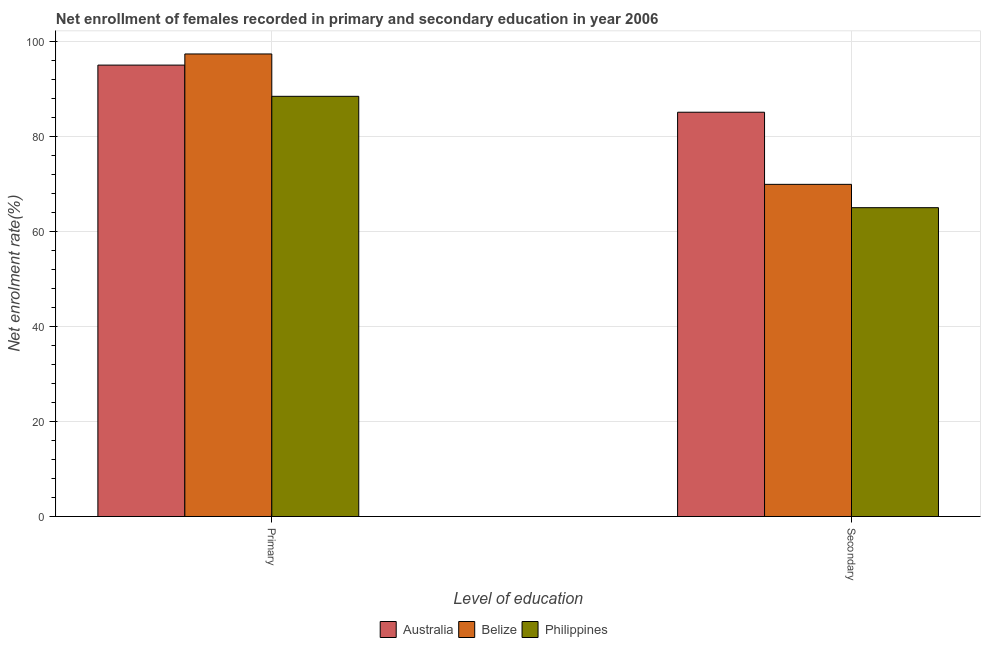
| Level of education | Australia | Belize | Philippines |
 | --- | --- | --- | --- |
 | Primary | 94.9 | 97.3 | 88.4 |
 | Secondary | 85 | 69.9 | 65 |